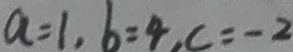
a = 1 , b = 4 , c = - 2